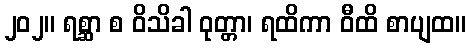
၂၀၂။ ရစ္ဆာ စ ဝိသိခါ ဝုတ္တာ၊ ရထိကာ ဝီထိ စာပျထ။